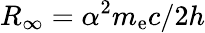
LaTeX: R_{\infty}=\alpha^{2}m_{\mathrm{e}}c/2h